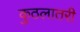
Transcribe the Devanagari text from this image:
कुठलातरी